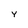
Character: Y